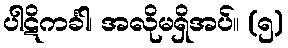
ပါဋိကင်္ခါ၊ အလိုမရှိအပ်။ (၅)